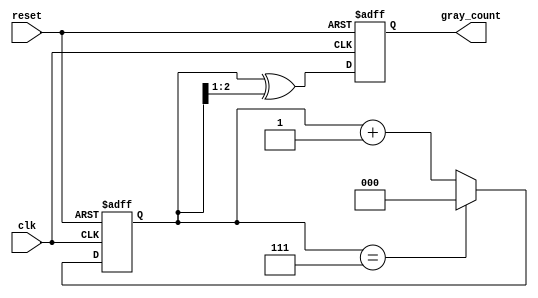
module gray_code_counter (
    input wire clk,          // Clock input
    input wire reset,        // Asynchronous reset
    output reg [2:0] gray_count // 3-bit Gray code output
);

    reg [2:0] binary_count; // 3-bit binary counter

    // Convert binary to Gray code
    function [2:0] binary_to_gray;
        input [2:0] binary;
        begin
            binary_to_gray = binary ^ (binary >> 1);
        end
    endfunction

    always @(posedge clk or posedge reset) begin
        if (reset) begin
            binary_count <= 3'b000; // Reset binary count
            gray_count <= binary_to_gray(3'b000); // Reset Gray code count
        end else begin
            binary_count <= binary_count + 1; // Increment binary count
            if (binary_count == 3'b111) begin
                binary_count <= 3'b000; // Wrap around at 7
            end
            gray_count <= binary_to_gray(binary_count); // Update Gray code output
        end
    end

endmodule